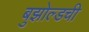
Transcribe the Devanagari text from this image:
बुझोल्डची